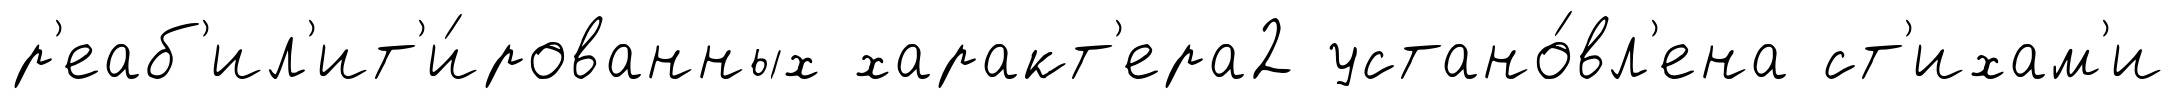
р'еаб'ил'ит'и́рованных характ'ера2 устано́вл'ена ст'ихам'и